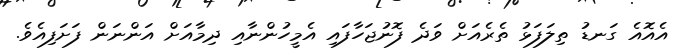
އެއޮއެ ގަނޑު ތިލަފަޅު ތެރެއަށް ވަދެ ފޮނުޖަހާފައި އެމީހުންނާއި ދިމާއަށް އަންނަން ފަށަފިއެވެ.